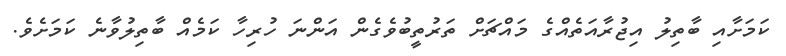
ކަމަށާއި ބާތިލު އިޖުރާއަތެއްގެ މައްޗަށް ތަރުތީބުވެގެން އަންނަ ހުރިހާ ކަމެއް ބާތިލުވާނެ ކަމަށެވެ.